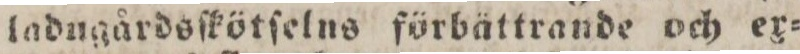
ladugårdsſkötſelns förbättrande och ex=